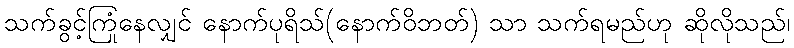
သက်ခွင့်ကြုံနေလျှင် နောက်ပုရိသ်(နောက်ဝိဘတ်) သာ သက်ရမည်ဟု ဆိုလိုသည်၊